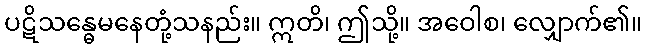
ပဋိသန္ဓေမနေတုံ့သနည်း။ ဣတိ၊ ဤသို့။ အဝေါစ၊ လျှောက်၏။